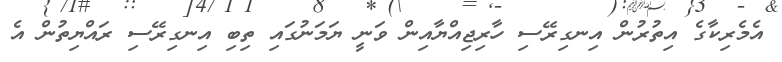
އެމެރިކާގެ އިތުރުން އިނގިރޭސި ހާރިޖިއްޔާއިން ވަނީ ޔަމަނުގައި ތިބި އިނގިރޭސި ރައްޔިތުން އެ